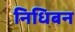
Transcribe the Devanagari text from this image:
निधिबन